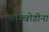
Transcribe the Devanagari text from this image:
वोज्वोडीना